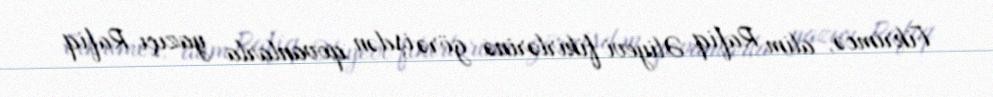
Fikrimcə, alim Rafiq Əliyevi fikirlərinə görə işdən qovanlarla yazıçı Rafiq